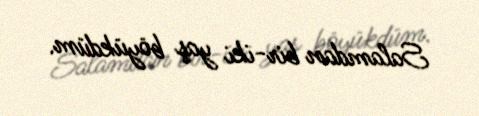
Salamdan bir-iki yaş böyükdüm.